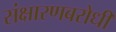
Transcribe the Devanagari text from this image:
संक्षारणबरोधी